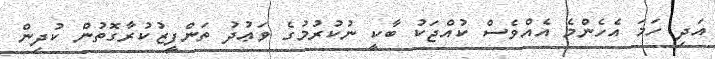
އަދި ހަމަ އެހެންމެ އެއްވެސް ކުއްޖަކު ބާކީ ނުކުރުމުގެ ވަޢުދު ތަންފީޒުކުރާގޮތުން ކުދިން